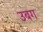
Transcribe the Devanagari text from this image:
उबग